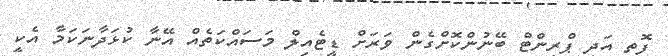
ފޮތި އަދި ޕްރިންޓް ބޭނުންކޮށްގެން ވަރަށް ޑީޓެއިލް މަސައްކަތެއް އޭނާ ކުޅަދާނަކަމާ އެކީ